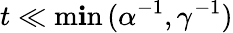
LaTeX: t\ll\operatorname*{m\mathbf{i}n}{(\alpha^{-1},\gamma^{-1})}